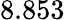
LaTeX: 8.853